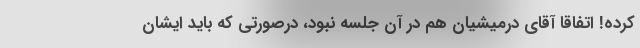
کرده! اتفاقا آقای درمیشیان هم در آن جلسه نبود، درصورتی که باید ایشان